Annual report on the working of the lock hospitals in the North-Western Provinces and Oudh
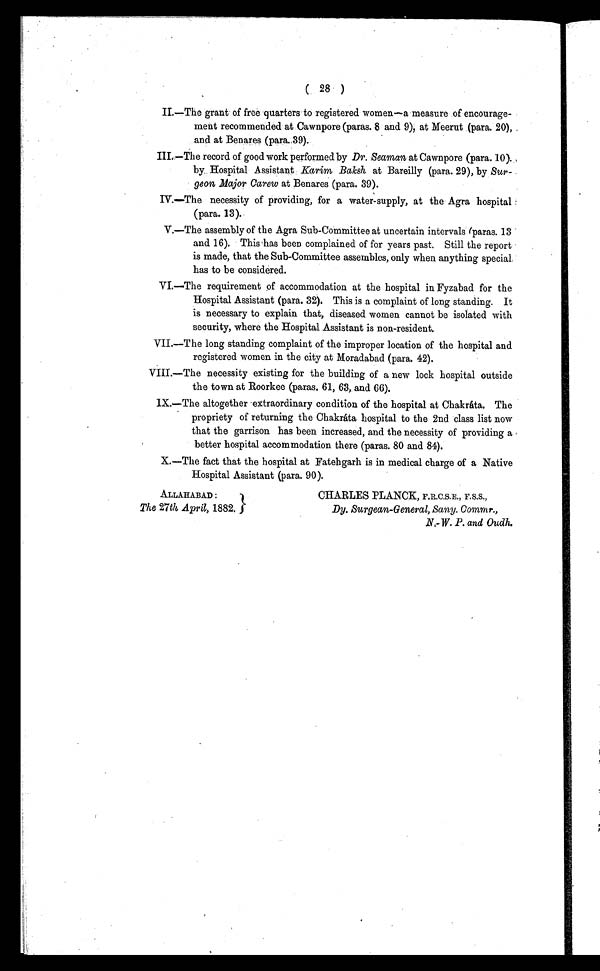
( 28 )
II.—The grant of free quarters to registered women—a measure of encourage-
ment recommended at Cawnpore (paras. 8 and 9), at Meerut (para. 20),
and at Benares (para.39).
III.—The record of good work performed by Dr. Seaman at Cawnpore (para. 10).
by. Hospital Assistant Karim Baksh at Bareilly (para. 29), by Sur-
geon Major Carew at Benares (para. 39).
IV.—The necessity of providing, for a water-supply, at the Agra hospital
(para. 13).
V.—The assembly of the Agra Sub-Committee at uncertain intervals (paras. 13
and 16). This has been complained of for years past. Still the report
is made, that the Sub-Committee assembles, only when anything special
has to be considered.
VI.—The requirement of accommodation at the hospital in Fyzabad for the
Hospital Assistant (para. 32). This is a complaint of long standing. It
is necessary to explain that, diseased women cannot be isolated with
security, where the Hospital Assistant is non-resident.
VII.—The long standing complaint of the improper location of the hospital and
registered women in the city at Moradabad (para. 42).
VIII.—The necessity existing for the building of a new lock hospital outside
the town at Roorkee (paras. 61, 63, and 66).
IX.—The altogether extraordinary condition of the hospital at Chakráta. The
propriety of returning the Chakráta hospital to the 2nd class list now
that the garrison has been increased, and the necessity of providing a
better hospital accommodation there (paras. 80 and 84).
X.—The fact that the hospital at Fatehgarh is in medical charge of a Native
Hospital Assistant (para. 90).
ALLAHABAD :
The 27th April, 1882.
CHARLES PLANCK, F.R.C.S.E., F.S.S.,
Dy. Surgean-General, Sany. Commr.,
N.-W.P . a n d O u d h .